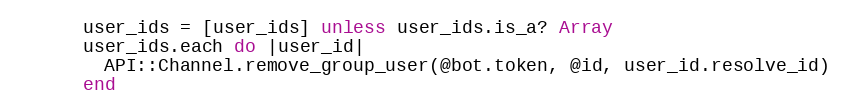
Language: Ruby
      user_ids = [user_ids] unless user_ids.is_a? Array
      user_ids.each do |user_id|
        API::Channel.remove_group_user(@bot.token, @id, user_id.resolve_id)
      end